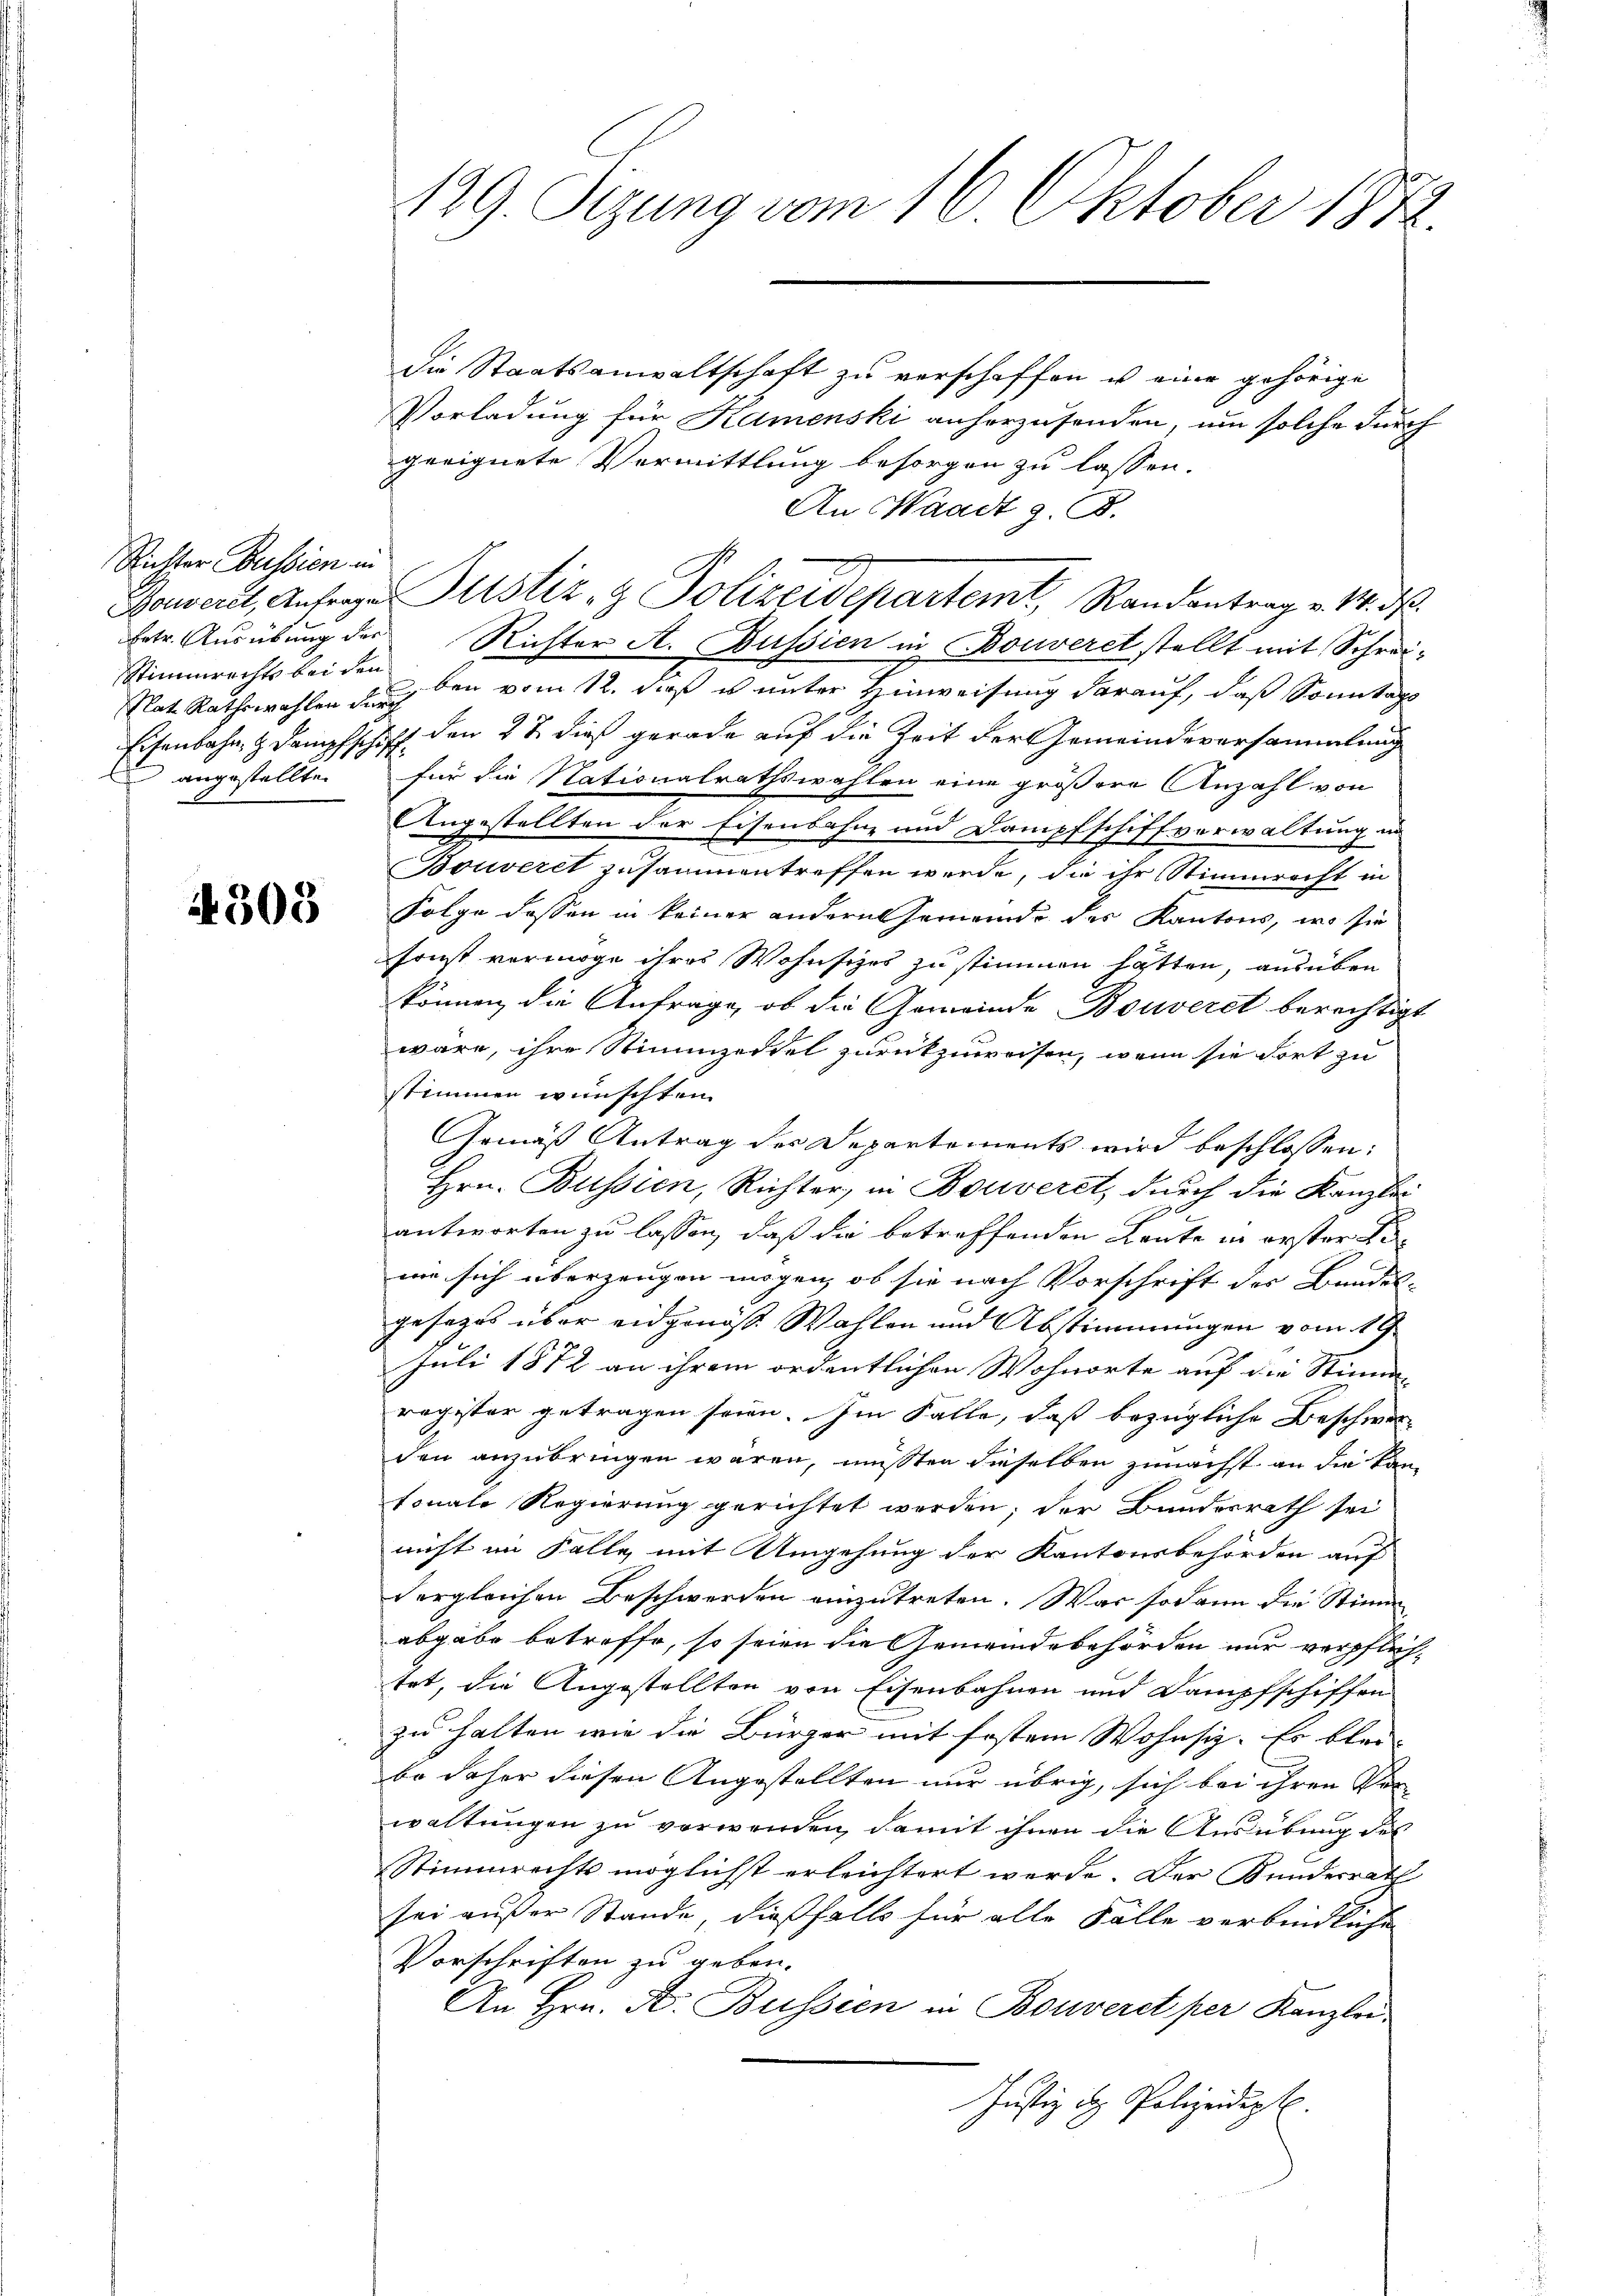
Richter Bulsien in
Stimmrechts bei den
angestellten

4308

129. Setzung vom 16. Oktober 1872.

die Staatsanwaltschaft zu verschaffen u eine gehörige
Vorladung für Kamenski anherzusenden, um solche durch
geeignete Vermittlung besorgen zu lassen.
An Waadt z. B.
Boneret, Antrage Justiz- & Polizeidepartemt, Randantrag v. M. D.
Ertr. Ausübung der Richter A. Bussien in Bouveret stellt mit Schrei¬
Rat Rathswahlen auch den vom 12. daß es unter Hinweisung darauf, daß Sonntags
Eisenbahn & Dampfschiff den 2t dieß gerade auf die Zeit der Gemeindeversammlung
für die Nationalrathswahlen eine größere Anzahl von
Angestellten der Eisenbahne und Dampfsi
iffvorwaltung in
t
Bouveret zusammentreffen werde, die ihr Stimmrecht in
Folge dassen in keiner andern Gemeinde des Kantons, wo sie
sonst vermöge ihres Wohnsizes zu stimmen hatten, ausüben
können, die Anfrage, ob die Gemeinde Bouveret berechtigt
wäre, ihre Stimmzeddel zurückzuweisen, wenn sie dort zu
stimmen wünschten.
Gemäß Antrag des Departements wird beschlossen:
Hrn. Bussien, Richter, in Bouveret, durch die Kanzlei
antworten zu lassen, daß die betreffenden Konte in erster Sime sich überzeugen mögen, ob sie nach Vorschrift des Bundes-
gesezes über eidgenöss. Wahlen und Abstimmungen vom 19.
Juli 1872 an ihrem ordentlichen Wohnorte auf die Stimm-
register getragen seien. Im Falle, daß bezügliche Beschwer-
den anzubringen wären, müßten dieselben zunächst an die kantonale Regierung gerichtet werden; der Bundesrath sei
nicht im Falle mit Umgehung der Kantonsbehörden auf
dergleichen Beschwerden einzutreten. War sodann die Stimm
abgabe betreffe, so seien die Gemeindebehörden nur verpflichtet, die Angestellten von Eisenbahnen und Dampfschiffen
zu halten wie die Bürger mit fostem Wohnsiz. Es blei- |
bo daher diesen Angestellten nur übrig, sich bei ihren Ver
waltungen zu verwenden, damit ihnen die Ausübung des
Stimmrechts möglichst erleichtert werde. Der Bundesrath
sei außer Stande, dießfalls für alle Fälle verbindliche
Vorschriften zu geben.
An Hrn. Dr. Bussien in Bouverst per Kanzlei
Justiz der Polizeidigt.